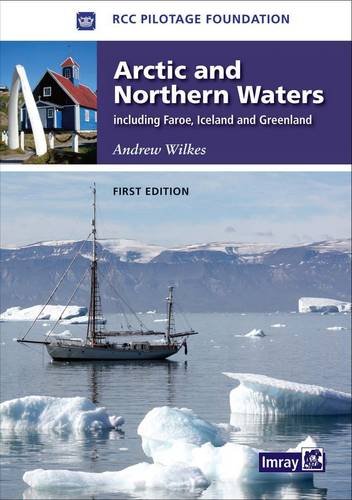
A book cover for Arctic and Northern Waters; Andrew Wilkes; Travel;